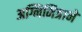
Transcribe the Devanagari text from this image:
अग्निमित्राने